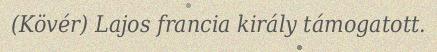
(Kövér) Lajos francia király támogatott.